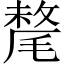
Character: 氂